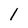
Character: l